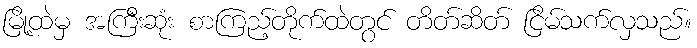
မြို့ထဲမှ အကြီးဆုံး စာကြည့်တိုက်ထဲတွင် တိတ်ဆိတ် ငြိမ်သက်လှသည်။